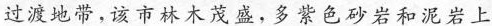
过渡地带，该市林木茂盛，多紫色砂岩和泥岩上